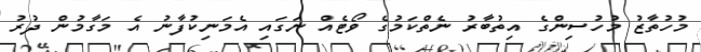
މުހުތާޒު މުހުސިންގެ އިތުބާރު ނެތްކަމުގެ ވޯޓެއް ނަގައި އެމަނިކުފާނު އެ މަގާމުން ދުރު